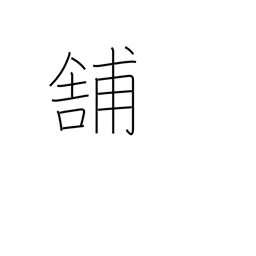
Meaning: pave